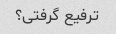
ترفیع گرفتی؟